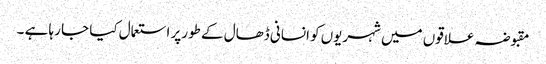
مقبوضہ علاقوں میں شہریوں کو انسانی ڈھال کے طورپر استعمال کیا جا رہا ہے ۔